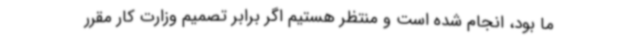
ما بود، انجام شده است و منتظر هستیم اگر برابر تصمیم وزارت کار مقرر